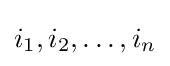
i_{1},i_{2},\ldots ,i_{n}